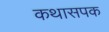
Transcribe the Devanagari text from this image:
कथासपक